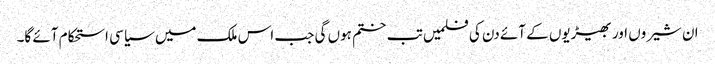
ان شیروں اور بھیڑیوں کے آئے دن کی فلمیں تب ختم ہوں گی جب اس ملک میں سیاسی استحکام آئے گا۔